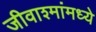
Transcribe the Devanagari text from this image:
जीवाश्मांमध्ये